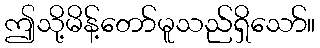
ဤသို့မိန့်တော်မူသည်ရှိသော်။